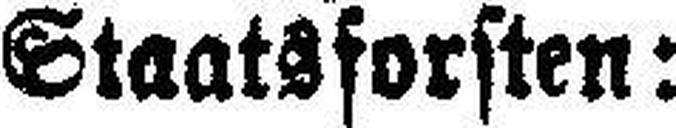
Staatsforsten: